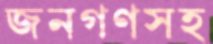
জনগণসহ